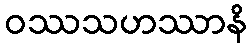
ဝဿသဟဿာနိ